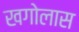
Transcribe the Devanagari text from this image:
खगोलास